Indian Civil Veterinary Department memoirs
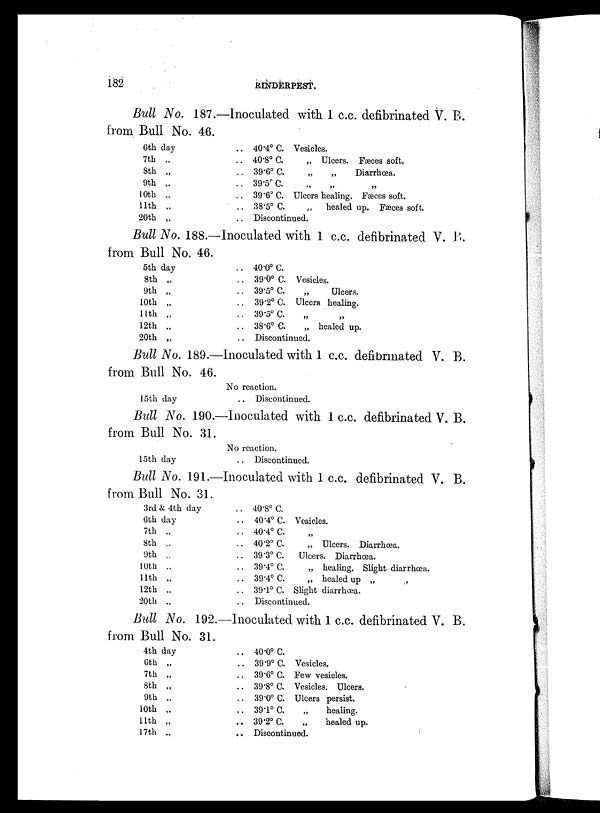
182
RINDERPEST.
Bull No. 187.—Inoculated with 1 c.c. defibrinated V. B.
from Bull No. 46.
6th day
7th „
8th „
9th „
10th „
11th „
20th „
.. 40.4º C. Vesicles.
.. 40.8º C.
„ Ulcers. Fæces soft.
.. 39.6º C.
„
„
Diarrhœa.
.. 39.5º C.
„
„ „
.. 39.6º C. Ulcers healing. Fæces soft.
.. 38.5º C.
„
healed up. Fæces soft.
.. Discontinued.
Bull No. 188.—Inoculated with 1 c.c. defibrinated V. B.
from Bull No. 46.
5th day
8th „
9th „
10th „
11th „
12th „
20th „
.. 40.0º C.
.. 39.0º C. Vesicles.
.. 39.5º C.
„
Ulcers.
.. 39.2º C. Ulcers healing.
.. 39.5º C.
„ „
.. 38.6º C.
„ healed up.
.. Discontinued.
Bull No. 189.—Inoculated with 1 c.c. defibrinated V. B.
from Bull No. 46.
15th day.
No reaction.
.. Discontinued.
Bull No. 190.—Inoculated with 1 c.c. defibrinated V. B.
from Bull No. 31.
15th day
No reaction.
.. Discontinued.
Bull No. 191.—Inoculated with 1 c.c. defibrinated V. B.
from Bull No. 31.
3rd & 4th day
6th day
7th „
8th „
9th „
10th „
11th „
12th „
20th „
.. 40.8º C.
.. 40.4º C. Vesicles.
.. 40.4º C. „
.. 40.2º C.
„ Ulcers. Diarrhœa.
.. 39.3º C.
Ulcers. Diarrhœa.
.. 39.4º C.
„ healing. Slight diarrhœa.
.. 39.4º C.
„ healed up „ „
.. 39.1º C. Slight diarrhœa.
Discontinued.
Bull No. 192.—Inoculated with 1 c.c. defibrinated V. B.
from Bull No. 31.
4th day
6th „
7th „
8th „
9th „
10th „
11th „
17th „
.. 40.0º C.
.. 39.9º C. Vesicles.
.. 39.6º C. Few vesicles.
.. 39.8º C. Vesicles. Ulcers.
.. 39.0º C. Ulcers persist.
.. 39.1º C.
„
healing.
.. 39.2º C.
„
healed up.
.. Discontinued.